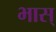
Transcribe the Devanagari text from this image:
भास्